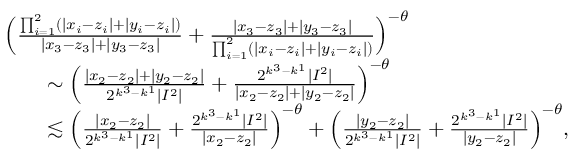
\begin{array} { r l } & { \Big ( \frac { \prod _ { i = 1 } ^ { 2 } ( | x _ { i } - z _ { i } | + | y _ { i } - z _ { i } | ) } { | x _ { 3 } - z _ { 3 } | + | y _ { 3 } - z _ { 3 } | } + \frac { | x _ { 3 } - z _ { 3 } | + | y _ { 3 } - z _ { 3 } | } { \prod _ { i = 1 } ^ { 2 } ( | x _ { i } - z _ { i } | + | y _ { i } - z _ { i } | ) } \Big ) ^ { - \theta } } \\ & { \qquad \sim \Big ( \frac { | x _ { 2 } - z _ { 2 } | + | y _ { 2 } - z _ { 2 } | } { 2 ^ { k ^ { 3 } - k ^ { 1 } } | I ^ { 2 } | } + \frac { 2 ^ { k ^ { 3 } - k ^ { 1 } } | I ^ { 2 } | } { | x _ { 2 } - z _ { 2 } | + | y _ { 2 } - z _ { 2 } | } \Big ) ^ { - \theta } } \\ & { \qquad \lesssim \Big ( \frac { | x _ { 2 } - z _ { 2 } | } { 2 ^ { k ^ { 3 } - k ^ { 1 } } | I ^ { 2 } | } + \frac { 2 ^ { k ^ { 3 } - k ^ { 1 } } | I ^ { 2 } | } { | x _ { 2 } - z _ { 2 } | } \Big ) ^ { - \theta } + \Big ( \frac { | y _ { 2 } - z _ { 2 } | } { 2 ^ { k ^ { 3 } - k ^ { 1 } } | I ^ { 2 } | } + \frac { 2 ^ { k ^ { 3 } - k ^ { 1 } } | I ^ { 2 } | } { | y _ { 2 } - z _ { 2 } | } \Big ) ^ { - \theta } , } \end{array}